Report on sanitation, dispensaries, and jails in Rajputana for 1909, and on vaccination for the year 1909-1910 - 1909-1910
Year: 1909
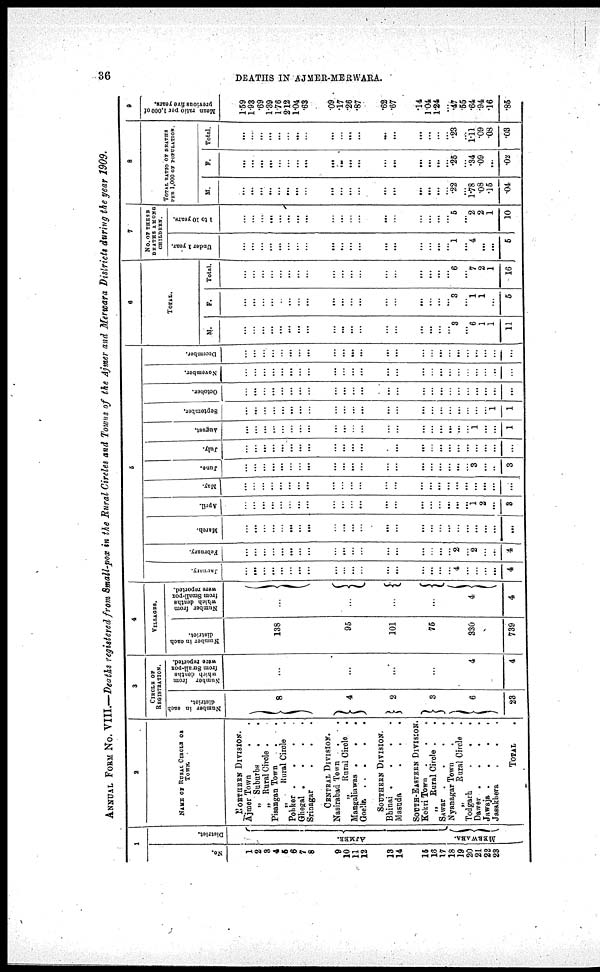
36
DEATHS IN AJMER-MERWARA.
ANNUAL FROM No. VIII.—Deaths registered from Small-pox in the Rural Circles and Towns of the Ajmer and Merwara Districts during the year 1909.
No.
1
2
3
4
5
6
7
8
9
10
11
12
13
14
15
16
17
18
19
20
21
22
23
1
District.
AJMER.
MERWARA.
2
NAME OF RURAL CIRCLE OF
TOWN.
NORTHERN DIVISION.
Ajmer Town . .
„ Suburbs
.
.
„ Rural Circle .
Pisangan Town . .
„
Rural Circle .
Pohker . . . .
Ghegal .
.
.
.
Srinagar . . . .
CENTRAL DIVISION.
Nasirabad Town
. .
„
Rural Circle
.
Mangaliawas .
.
.
Goella .
.
.
.
.
SOUTHERN DIVISION.
Bhinai .
.
.
.
Masuda . . .
SOUTH-EASTERN DIVISION.
Kekri Town . . .
„
Rural Circle . .
Sawar .
.
.
.
Nyanagar Town . .
„
Rural Circle .
Todgarh
.
.
.
Dawer .
.
.
.
Jawaja .
.
.
.
Jasakhera
. . .
TOTAL .
3
CIRCLE OF
REGISTRATION.
Number in each
district.
8
4
2
3
6
23
N umber from
which deaths
from Small-pox
were reported.
...
...
...
...
4
4
4
VILLAGES.
Number in each
district.
138
95
101
75
330
739
Number from
which deaths
from Small-pox
were reported.
...
...
...
...
4
4
5
January.
...
...
...
...
...
...
...
...
...
...
...
... ...
...
...
...
...
...
4
...
... ...
...
4
February.
...
...
...
...
...
...
...
...
...
...
...
... ...
...
...
... ...
...
2
...
2
...
...
4
March.
...
...
...
...
...
...
...
...
...
...
...
... ...
...
...
...
...
...
...
...
...
...
...
...
April.
...
...
...
...
...
...
...
...
...
...
... ...
...
...
...
... ... ...
...
...
1
2
...
3
May.
...
...
...
...
...
...
...
...
...
...
...
...
...
...
...
...
...
...
...
...
...
...
...
...
June.
...
...
...
...
...
...
...
...
...
...
...
...
...
...
...
...
...
...
...
...
3
...
..
3
July.
...
...
...
...
...
...
...
...
...
...
...
...
...
...
... ... ... ... ... ... ... ... ... ...
August.
...
...
...
...
...
...
...
...
... ... ... ...
... ...
... ...
...
...
... ... 1
...
...
1
September.
...
...
...
...
...
...
...
...
... ... ... ...
... ...
... ... ...
...
... ... ... ...
1
1
October.
...
...
...
...
...
...
...
...
... ... ... ...
... ...
... ... ... ... ... ... ... ... ... ...
November.
...
...
...
...
...
...
...
...
...
... ...
...
... ...
... ... ...
... ... ... ... ... ..
...
December.
...
...
...
...
...
...
...
...
...
... ...
...
... ...
... ... ...
... ...
... ... ...
... ...
6
TOTAL.
M.
...
...
...
...
...
...
...
...
... ...
...
...
... ...
...
...
...
... 3
...
6
1
1
11
F.
...
...
...
...
...
...
...
...
...
...
...
...
...
...
...
...
...
...
3
...
1
1
...
5
Total.
...
...
...
...
...
...
...
...
...
... ...
...
... ...
...
...
...
...
6
... 7
2
1
16
7
NO. Of THESE
DEATHS AMONG
CHINDREN.
Under 1 year.
...
...
...
...
...
...
...
...
...
...
...
...
... ...
...
...
...
...
1
... 4
...
...
5
1 to 10 years.
...
...
...
...
...
...
...
...
...
...
... ...
...
... ...
...
...
...
5
...
2
2
1
10
8
TOTAL RATIO OF DEATHS
PER 1,000 OF POPULATION.
M.
...
...
...
...
...
...
...
...
...
...
...
...
...
...
...
...
...
...
.22
...
1.78
.08
.15
.04
F.
...
...
...
...
...
...
...
...
... ... ...
...
... ...
... ... ...
...
.25
... .34
.09
...
.02
Total.
...
...
...
...
...
...
...
...
... ... ...
...
... ...
...
... ... ...
.23
... 1.11
.09
.08
.03
9
Mean ratio per 1,000 of
previous five years.
1.59
1.93
.69
1.39
1.76
2.12
1.04
.63
.09
.17
.26
.87
.62
.67
.14
1.04
1.24
... .47
.55
.64
.94
.16
.85